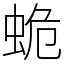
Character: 蛫